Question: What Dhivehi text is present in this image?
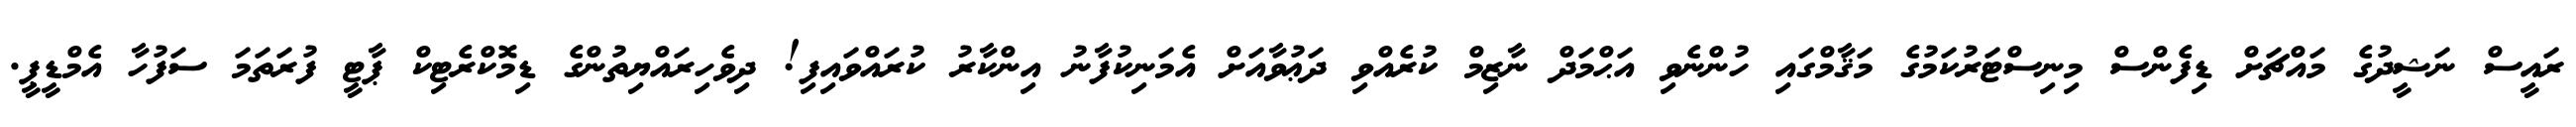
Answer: ރައީސް ނަޝީދުގެ މައްޗަށް ޑިފެންސް މިނިސްޓަރުކަމުގެ މަޤާމްގައި ހުންނެވި އަޙްމަދް ނާޒިމް ކުރެއްވި ދަޢުވާއަށް އެމަނިކުފާނު އިންކާރު ކުރައްވައިފި! ދިވެހިރައްޔިތުންގެ ޑިމޮކްރެޓިކް ޕާޓީ ފުރަތަމަ ސަފުހާ އެމްޑީޕީ.